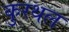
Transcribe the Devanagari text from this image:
कुरथल